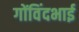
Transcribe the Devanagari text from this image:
गोंविंदभाई